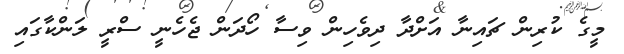
މީގެ ކުރިން ޗައިނާ އަށްދާ ދިވެހިން ވިސާ ހޯދަން ޖެހެނީ ސްރީ ލަންކާގައި